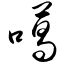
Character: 噶